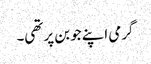
گرمی اپنے جوبن پر تھی۔